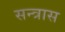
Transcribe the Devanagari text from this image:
सन्त्रास